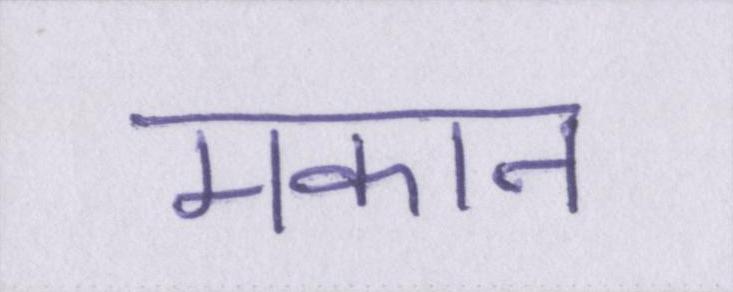
मकान